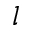
l